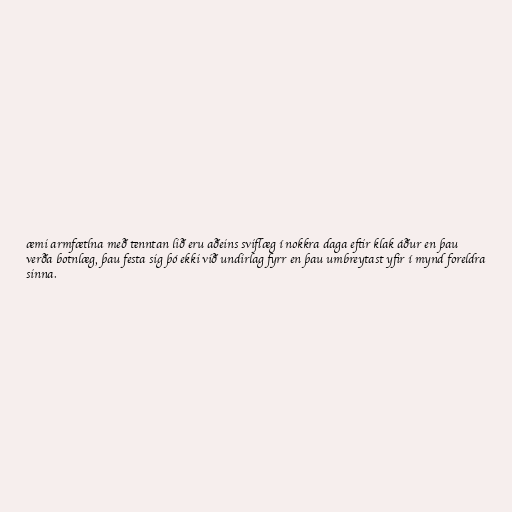
æmi armfætlna með tenntan lið eru aðeins sviflæg í nokkra daga eftir klak áður en þau
verða botnlæg, þau festa sig þó ekki við undirlag fyrr en þau umbreytast yfir í mynd foreldra
sinna.